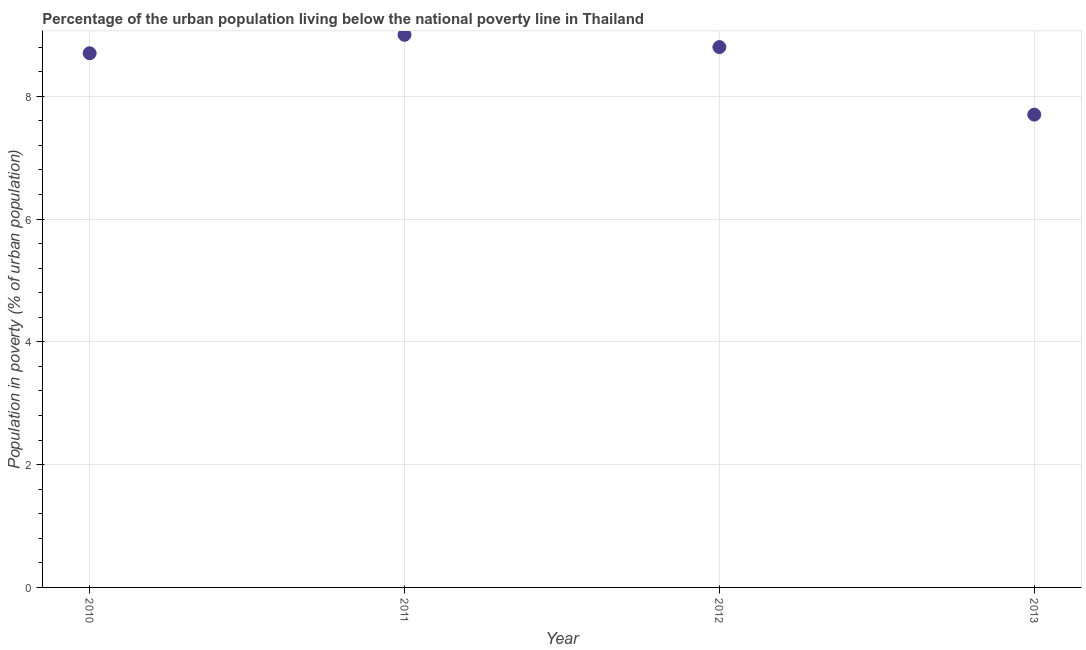
| Year | Urban poverty headcount ratio |
 | --- | --- |
 | 2010 | 8.7 |
 | 2011 | 9 |
 | 2012 | 8.8 |
 | 2013 | 7.7 |